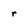
Character: r